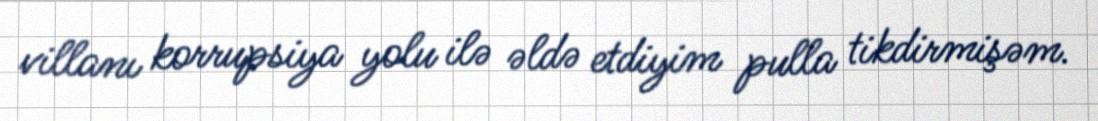
villanı korrupsiya yolu ilə əldə etdiyim pulla tikdirmişəm.